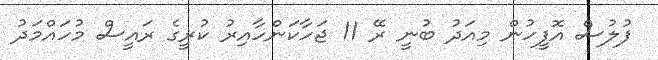
ފުލުސް އޮފީހުން މިއަދު ބުނީ ރޭ 11 ޖަހާކަންހާއިރު ކުރީގެ ރައީސް މުހައްމަދު